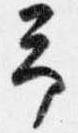
予